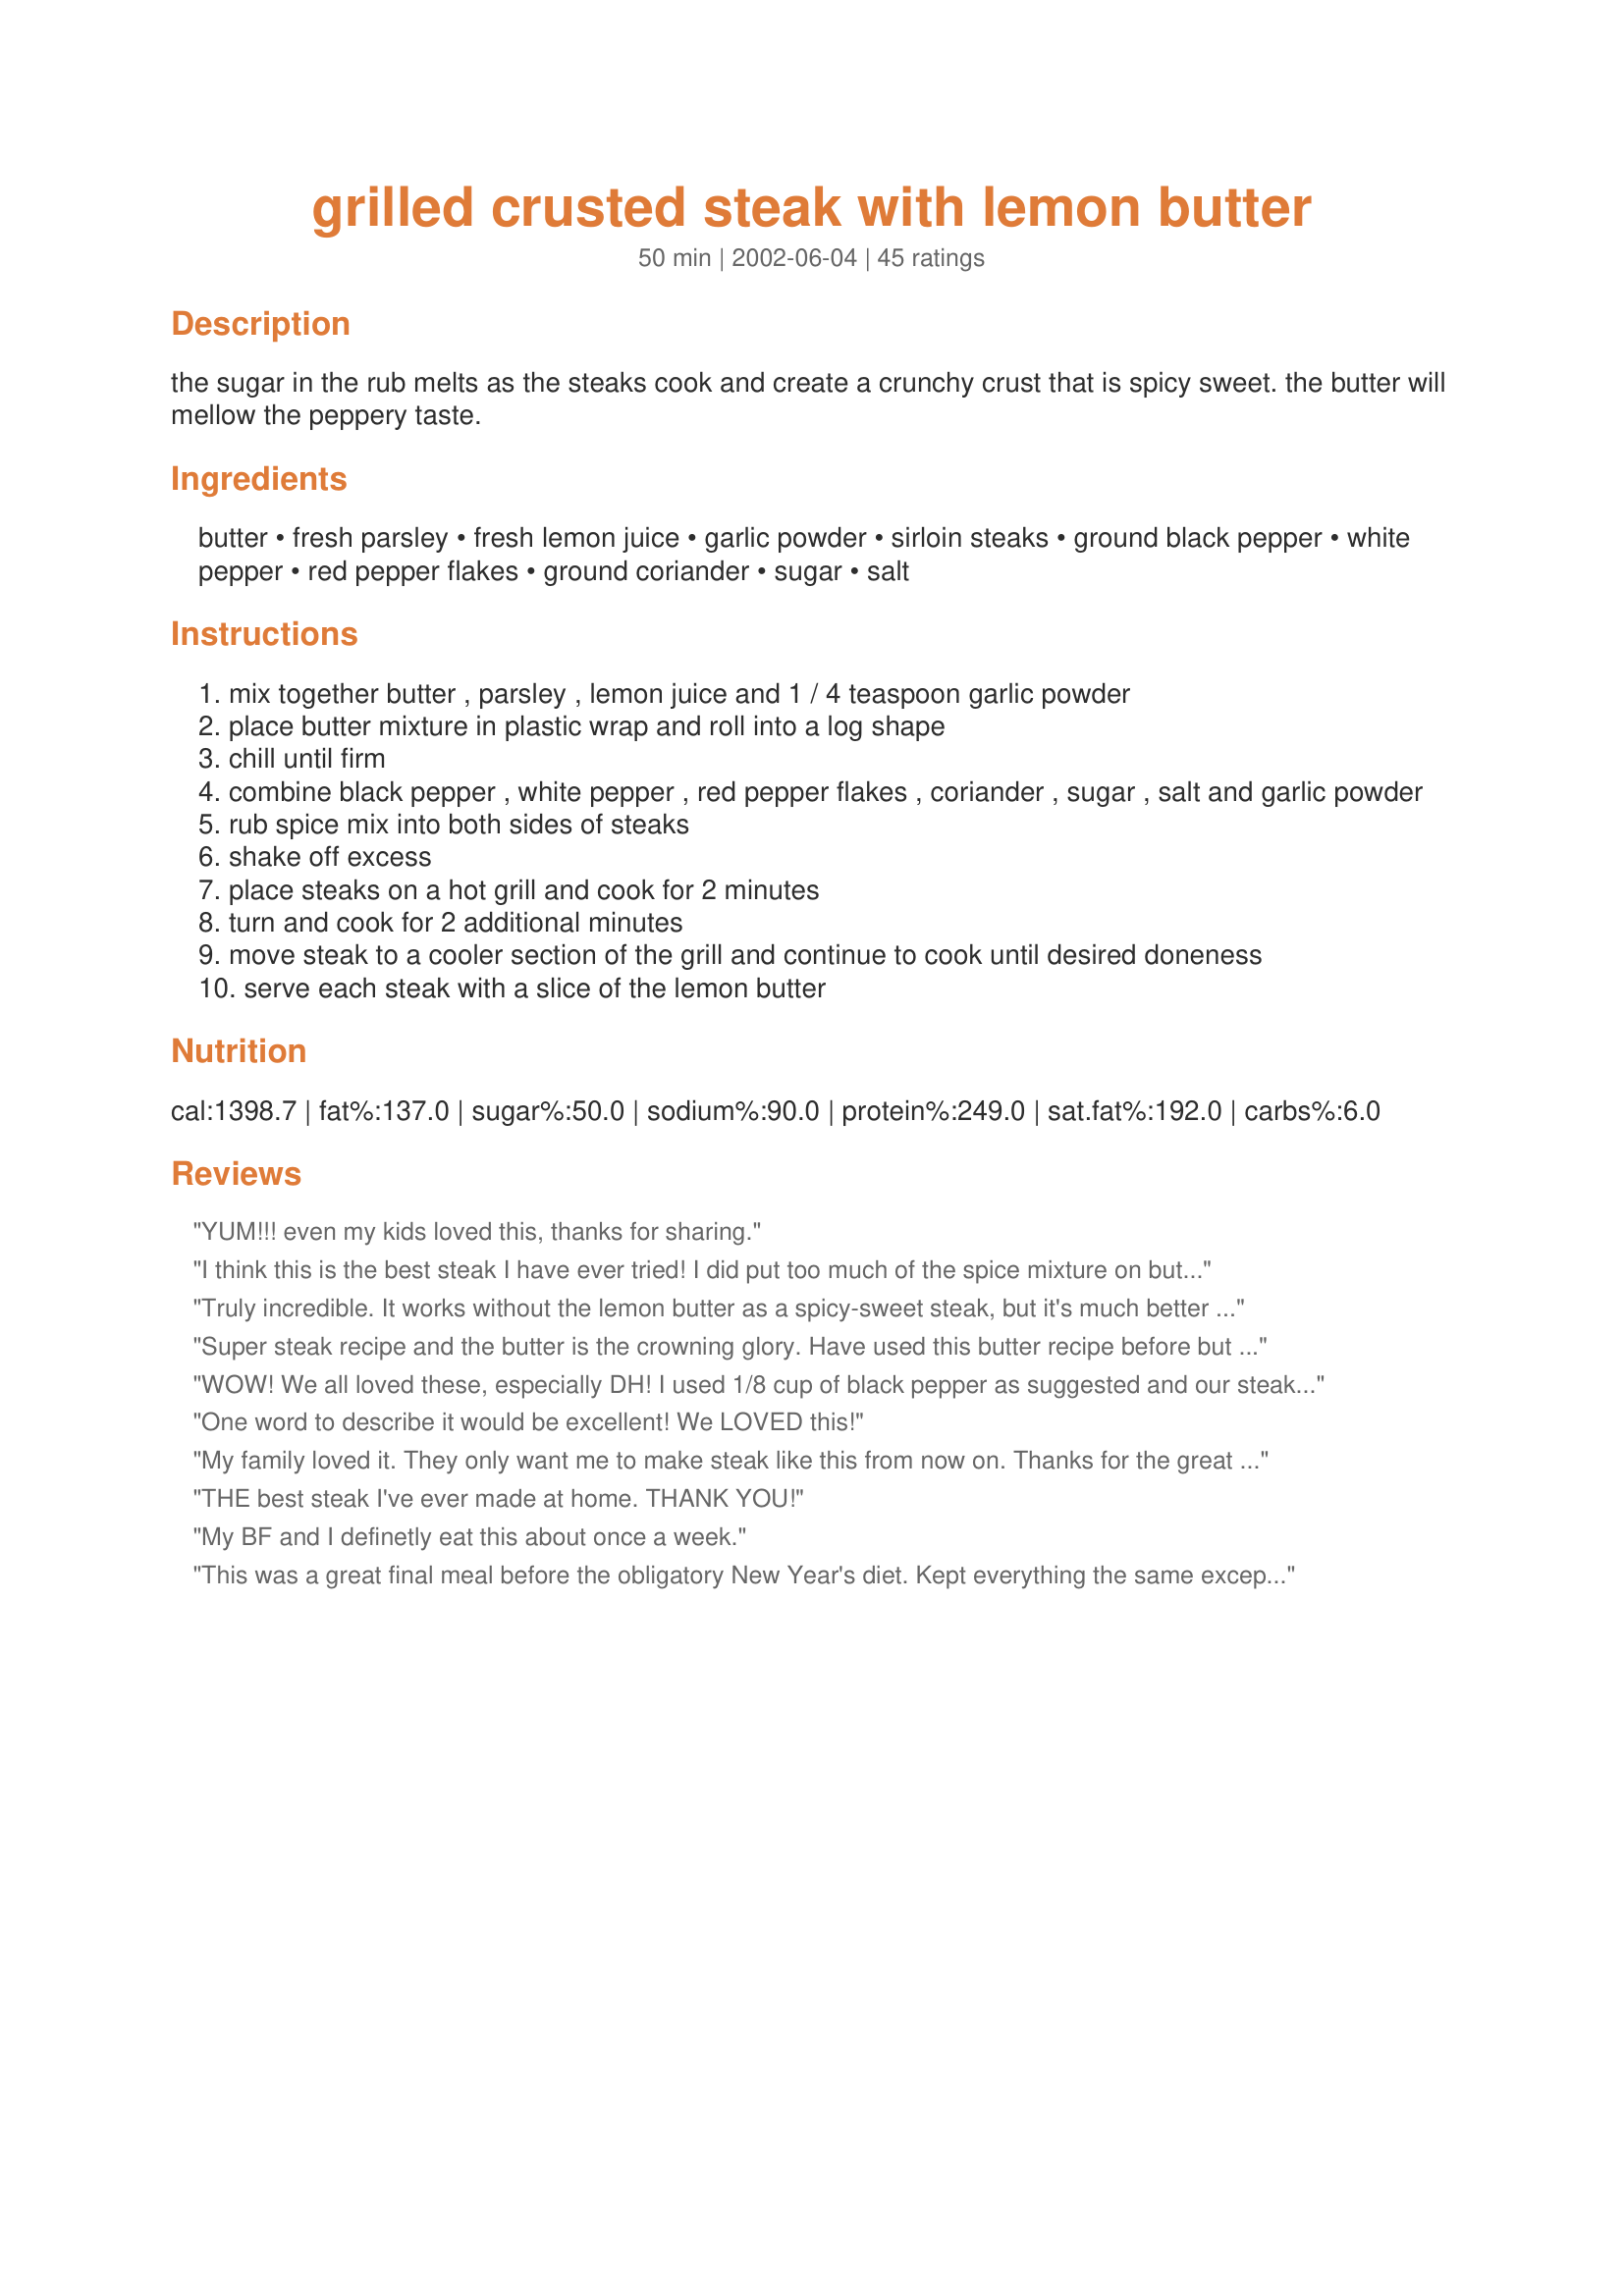
grilled crusted steak with lemon butter
Preparation time: 50 minutes

the sugar in the rub melts as the steaks cook and create a crunchy crust that is spicy sweet. the butter will mellow the peppery taste.

Ingredients:
butter, fresh parsley, fresh lemon juice, garlic powder, sirloin steaks, ground black pepper, white pepper, red pepper flakes, ground coriander, sugar, salt

Steps:
mix together butter , parsley , lemon juice and 1 / 4 teaspoon garlic powder
place butter mixture in plastic wrap and roll into a log shape
chill until firm
combine black pepper , white pepper , red pepper flakes , coriander , sugar , salt and garlic powder
rub spice mix into both sides of steaks
shake off excess
place steaks on a hot grill and cook for 2 minutes
turn and cook for 2 additional minutes
move steak to a cooler section of the grill and continue to cook until desired doneness
serve each steak with a slice of the lemon butter

Reviews:
YUM!!!

even my kids loved this, thanks for sharing.
I think this is the best steak I have ever tried! I did put too much of the spice mixture on but it still tasted good. So I would suggest to not overuse the spices. Also, don't melt the butter very much- just until it's soft then when you shape it into a log it's best to stick it in the freezer so it hardens faster. Thanks for the great recipe!
Truly incredible. It works without the lemon butter as a spicy-sweet steak, but it's much better with.
Super steak recipe and the butter is the crowning glory. Have used this butter recipe before but with grilled salmon - very good.
WOW! We all loved these, especially DH! I used 1/8 cup of black pepper as suggested and our steaks were perfectly spicy. Thanks for sharing this wonderful recipe!
One word to describe it would be excellent! We LOVED this!
My family loved it. They only want me to make steak like this from now on.
Thanks for the great recipe.
THE best steak I've ever made at home. THANK YOU!
My BF and I definetly eat this about once a week.
This was a great final meal before the obligatory New Year's diet. Kept everything the same except I used dried parsley in the butter and omitted the coriander. Not your usual steak flavoring, was sweet and spicy and a perfect crust. The butter just put it over the edge to delicious.
Very tasty dish.
I just wanted to share a tip for rolling the garlic butter stick. I had the butter a little too gooey to roll into a log properly.
Place the butter on a rectangular piece of plastic wrap in the middle. Fold the long sides of the wrap over the butter. Grab the short ends in both hands and give it a spin. The ends twist up and compress it all into a perfect butter log!
Personally, I loved this steak but the rest of my family found it to be too spicy. I halved the black pepper, but still it had too much bite for them. I think our black pepper is stronger than most, with an almost powdered texture, so that may have been part of the problem.
Served with three-onion soup, sauteed mushrooms, and loaded baked potato.
Never had a steak that tasted anything like this did. The flavors were so great, and so different for a steak. It's a slightly spicy, but then the lemon butter adds a refreshing taste. I did it exactly as the recipe called for. I think I may give this a shot with some chicken breast, that came to mind as soon as I tasted it. Great recipe Karen.
I'm surprised this recipe hasn't been reviewed lately. It's better than steakhouse sirloin! I was worried that there was too much pepper, but decided to follow the recipe exactly (which is unusual for me - LOL). I put a lot of the seasoning on the steaks, but there was still a lot left for next time (no problem - there will definitely be a next time). I had a little trouble mixing the lemon juice into the butter without it separating. So I just left it in the bowl, and spooned some on the steak. It was the perfect finish. The steaks were about 1 1/2" thick, and we placed them in the center of grill for 2 min per side, and then on the cooler side of the charcoal grill for another 6 minutes per side. It was medium rare, and perfectly juicy and tasty. Thanks for sharing this fabulous recipe.
I used rump steak for this delicious recipe and grilled them in the oven, loved the sweet 'hot' 
flavours and the lemon butter is a perfect 
topping.
Great recipe; the tricky part is finding a steak that really meets expectations! Sometimes it is wonderful, other times it disappoints, but you just never can tell. I always mistrust that some tenderizer I don&#039;t want in my food may have been used.
Yes! It was wonderful indeed. My husband's first words were "OH MY" (that's always a great sign). The recipe was very easy to follow and prepare and the texture and flavor of the meat with the butter is outstanding. Thanks for sharing this recipe, Karen!
Karen, this is the very best steak I've ever had! I reduced the quantity of three ingredients; using only 1 tsp of black pepper, 1 tsp white pepper, and 2 tsp of sugar. I also used coarse salt. Finally, since I cannot have butter, I substituted margarine. Even with these modifications it was fantastic. This is how I will be cooking my steak from now on! Thank you for posting!
This was great! Instead of rolling the butter into a log, I used a small cookie scoop and made little butter balls. It made for a pretty presentation.
Unbelievably delicious. Thank you.
FANTASTIC!FANTASTIC!FANTASTIC! 
I followed the recipe exactly. I halved everything since there was just two of us and steaks. It's a nice change from the usual steak. I think it would be a great recipe for dinner guests. I'll be making it again;) Thanks Karen!
Awesome! Only talking abt 1 T of sugar per steak, no biggie at all!
It was ok, but I wasn’t really sold on the mostly pepper crust. It just seemed a little boring. And mixing oil (butter) and water (lemon juice) isn’t practical. I think if I’d used the blender it might have worked. I went with a bit of a core of lemon juice plus some lemon zest. The butter was yummy even though the physics didn’t quite work!
Hubby is rating this....he said it was too sweet with the sugar...he would have rather just had the spicy. Next time we would lower the sugar some.
I stay home and cook! This honestly is the BEST Steak I&#039;ve ever had! Try it, my husband is going to love it! You have to try it once at least.
They do this with a petite sirloin at Ruby Tuesdays. I can't wait to try it at home
Absolutely delicious.....I don't make steak any other way!!!
This is a wonderful recipe. Very easy to make. My daughter and I found it mildly spicy, however my wife and son, who have no tolerance for spicy heat, found it way to spicy. I used dark brown sugar for the rub. The butter added a wonderful flavor. We served it with Sweet Patato Chips, baked in the oven, fresh corn off the cob and gluten free bread.
YUMMO! This dish is very tasty and the butter sauce is wonderful! We have a Friday night ritual at our house of steak, french fries & a movie. This will definetely be added as a Friday night favorite!
This was great. I used thyme instead of coriander in the dry rub and substituted non-dairy margarine for the butter. I also scaled the recipe down to one serving with no problem. Flavorful, delicious steak. Thank you!
This was a great recipe even though I forgot to serve with the butter. The whole family loved it!
This was excellent I a dash of dijon mustard and it was yummy!
Getting ready to move into our own place...This will be one of our first &quot;Real Dinners &quot; ! Gotta try it cuz my mouth is watering just reading recipe!
OK, you are my new best friend. This was spectacular. Made exactly as written - except - put the butter in a small dish and chilled rather than messing with the log thing. Turned out perfectly, would not change one thing. Will make forever and ever. Did I say I liked it? Even the DH gave five stars and he NEVER gives five. You rock, Karen.
It has then had some yellowish-brown zest added to the meat, real fruit juice, butter, herbs, and spices, as the steak is a red-hot meat-based dish for dinner.
Two thumbs up for this steak. This is now a household favorite. Slightly crunchy outside but retained a nice juicy texture inside. We used ribeyes and added about 1/2 tsp each of dried oregano and dried thyme to the dry rub. Fantastic flavor, esp with the butter melting over top the meat. Served this with asparagus (grilled in a foil packet) and garlic mashed potatoes.
I loved the taste of the spice mix, but maybe next time I will reduce the black pepper to half like someone already did since it was a tad bit too spicy for me. Overall, its EASY, FAST, and YUMMY. Thanks
I will have to try it without the sugar.
My new favorite steak rub. Thanks, Karen!
Very spicy, but good. The butter does help to mellow out the pepper. I cooked my steaks to medium-rare, but the meat stayed very pink - I wonder if it has to do with the crust? Anyway, we really enjoyed these steaks with potatoes and salads.
Really delicious! I must say though that because of all of the reviews I went ahead and used all of the pepper(s) called for, and even though my hubby loves pepper, it proved to be just a little too "peppery" for us... even with using LOTS of the butter :) It was easy to make and yummy... but next time I would cut down on the amount of rub and certainly the amount of pepper in the rub. Thanks for the wonderful recipe!
Dianne
Question: How large is a sirloin serving? I usually only make two 3 or 4 ounce steaks and even half of these spices and sugar seems like way too much.
Simple and Fabulous! This is a quick, but very flavorful week night meal on the indoor grill. I used Weber's Chicago Steak Seasoning because the ingredients are similar to those listed (minus the sugar). I had some trouble assimilating the lemon juice into the butter but after I worked at it the majority of it blended. We will definitely have a repeat performance of this one in the near future!
Love my steak with spices and butter.
Karen, this recipe of yours deserves 10 big stars. It is Excellent. The lemon butter is to die for. I doubled the lemon butter because my family likes it saucy. The entire dinner, all I hear was MMMM!! WOW!!, SO GOOD!!, I totally agree. Oh, the only change I made was reduced the black pepper to half. Thank you. Thank you. Thank you for such a great recipe.
